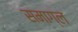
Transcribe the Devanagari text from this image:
समाग्ल